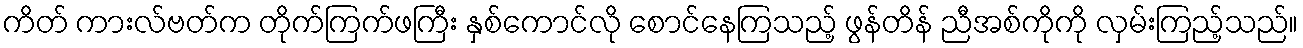
ကိတ် ကားလ်ဗတ်က တိုက်ကြက်ဖကြီး နှစ်ကောင်လို စောင်နေကြသည့် ဖွန်တိန် ညီအစ်ကိုကို လှမ်းကြည့်သည်။